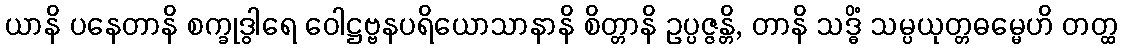
ယာနိ ပနေတာနိ စက္ခုဒွါရေ ဝေါဋ္ဌဗ္ဗနပရိယောသာနာနိ စိတ္တာနိ ဥပ္ပဇ္ဇန္တိ, တာနိ သဒ္ဓိံ သမ္ပယုတ္တဓမ္မေဟိ တတ္ထ